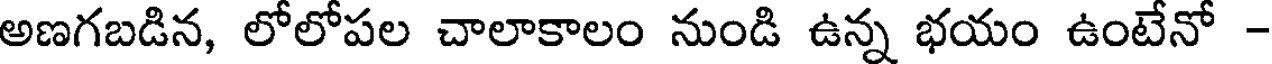
అణగబడిన, లోలోపల చాలాకాలం నుండి ఉన్న భయం ఉంటేనో -